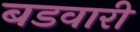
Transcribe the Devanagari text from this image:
बडवारी